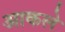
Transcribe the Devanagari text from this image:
आकले